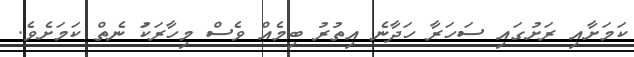
ކަމަށާއި ރަށުގައި ސަހަރާ ހަދާނެ އިތުރު ބިމެއް ވެސް މިހާރަކަު ނެތް ކަމަށެވެ.